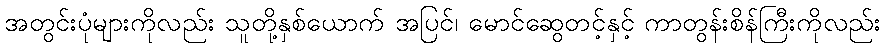
အတွင်းပုံများကိုလည်း သူတို့နှစ်ယောက် အပြင်၊ မောင်ဆွေတင့်နှင့် ကာတွန်းစိန်ကြီးကိုလည်း